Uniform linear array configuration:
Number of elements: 64
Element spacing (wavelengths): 0.75
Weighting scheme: exponential
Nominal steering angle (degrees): -60
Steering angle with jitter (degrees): -61.675
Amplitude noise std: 0.05
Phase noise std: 0.05

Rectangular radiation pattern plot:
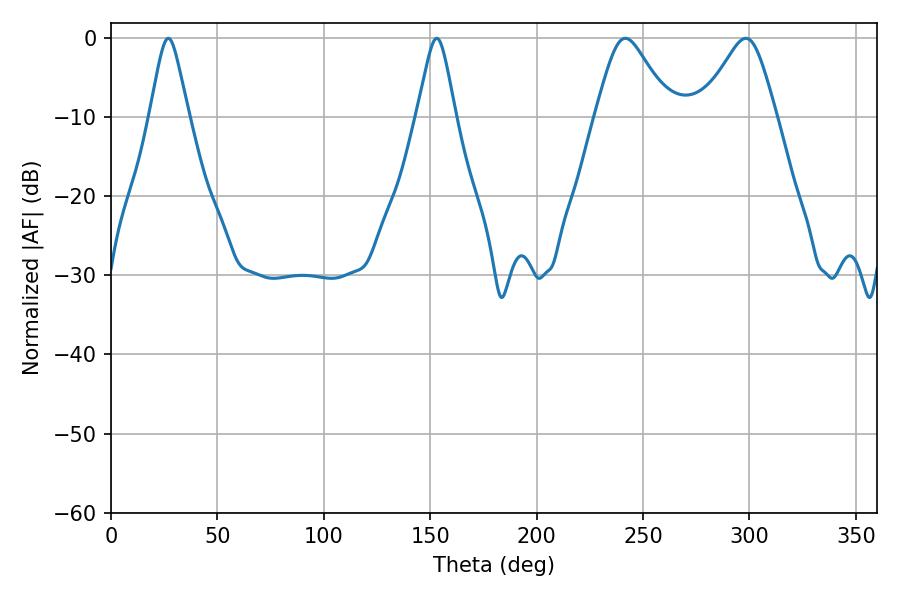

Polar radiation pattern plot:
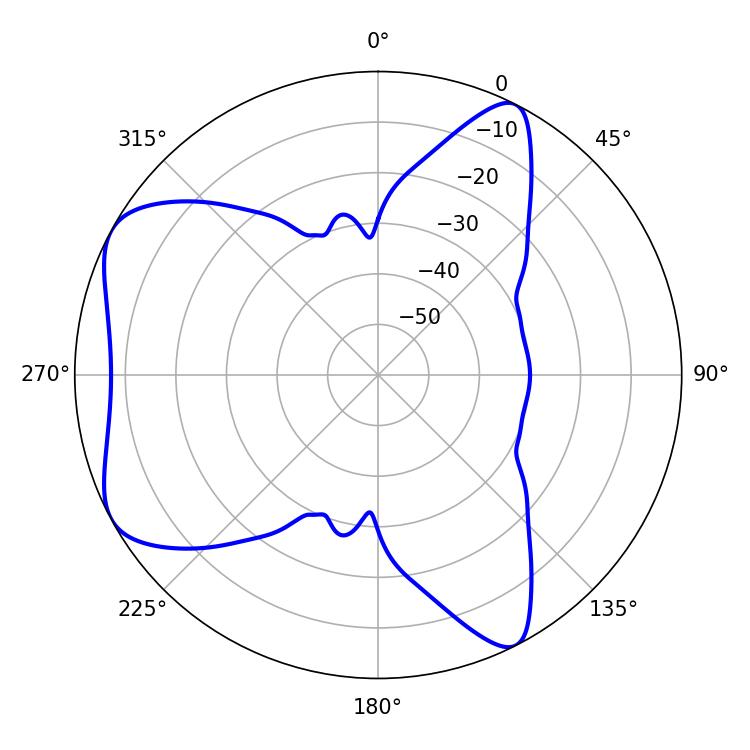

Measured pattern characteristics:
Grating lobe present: TRUE
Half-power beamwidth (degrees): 17.1
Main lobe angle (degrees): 241.74